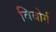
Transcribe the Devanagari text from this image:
विबोर्ग